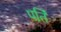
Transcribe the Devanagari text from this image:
पतिं